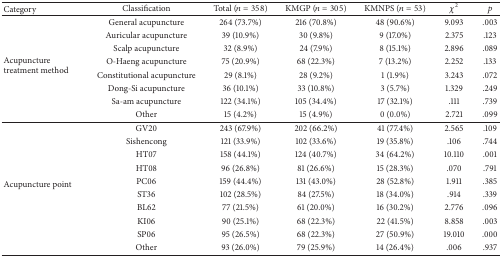
<table><thead><tr><td><b>Category</b></td><td><b>Classification</b></td><td><b>Total (<i>n</i> = 358)</b></td><td><b>KMGP (<i>n</i> = 305)</b></td><td><b>KMNPS (<i>n</i> = 53)</b></td><td><b><i>χ</i><sup>2</sup></b></td><td><b><i>p</i></b></td></tr></thead><tbody><tr><td rowspan="8">Acupuncture treatment method</td><td>General acupuncture</td><td>264 (73.7%)</td><td>216 (70.8%)</td><td>48 (90.6%)</td><td>9.093</td><td>.003</td></tr><tr><td>Auricular acupuncture</td><td>39 (10.9%)</td><td>30 (9.8%)</td><td>9 (17.0%)</td><td>2.375</td><td>.123</td></tr><tr><td>Scalp acupuncture</td><td>32 (8.9%)</td><td>24 (7.9%)</td><td>8 (15.1%)</td><td>2.896</td><td>.089</td></tr><tr><td>O-Haeng acupuncture</td><td>75 (20.9%)</td><td>68 (22.3%)</td><td>7 (13.2%)</td><td>2.252</td><td>.133</td></tr><tr><td>Constitutional acupuncture</td><td>29 (8.1%)</td><td>28 (9.2%)</td><td>1 (1.9%)</td><td>3.243</td><td>.072</td></tr><tr><td>Dong-Si acupuncture</td><td>36 (10.1%)</td><td>33 (10.8%)</td><td>3 (5.7%)</td><td>1.329</td><td>.249</td></tr><tr><td>Sa-am acupuncture</td><td>122 (34.1%)</td><td>105 (34.4%)</td><td>17 (32.1%)</td><td>.111</td><td>.739</td></tr><tr><td>Other</td><td>15 (4.2%)</td><td>15 (4.9%)</td><td>0 (0.0%)</td><td>2.721</td><td>.099</td></tr><tr><td rowspan="10">Acupuncture point</td><td>GV20</td><td>243 (67.9%)</td><td>202 (66.2%)</td><td>41 (77.4%)</td><td>2.565</td><td>.109</td></tr><tr><td>Sishencong</td><td>121 (33.9%)</td><td>102 (33.6%)</td><td>19 (35.8%)</td><td>.106</td><td>.744</td></tr><tr><td>HT07</td><td>158 (44.1%)</td><td>124 (40.7%)</td><td>34 (64.2%)</td><td>10.110</td><td>.001</td></tr><tr><td>HT08</td><td>96 (26.8%)</td><td>81 (26.6%)</td><td>15 (28.3%)</td><td>.070</td><td>.791</td></tr><tr><td>PC06</td><td>159 (44.4%)</td><td>131 (43.0%)</td><td>28 (52.8%)</td><td>1.911</td><td>.385</td></tr><tr><td>ST36</td><td>102 (28.5%)</td><td>84 (27.5%)</td><td>18 (34.0%)</td><td>.914</td><td>.339</td></tr><tr><td>BL62</td><td>77 (21.5%)</td><td>61 (20.0%)</td><td>16 (30.2%)</td><td>2.776</td><td>.096</td></tr><tr><td>KI06</td><td>90 (25.1%)</td><td>68 (22.3%)</td><td>22 (41.5%)</td><td>8.858</td><td>.003</td></tr><tr><td>SP06</td><td>95 (26.5%)</td><td>68 (22.3%)</td><td>27 (50.9%)</td><td>19.010</td><td>.000</td></tr><tr><td>Other</td><td>93 (26.0%)</td><td>79 (25.9%)</td><td>14 (26.4%)</td><td>.006</td><td>.937</td></tr></tbody></table>